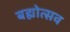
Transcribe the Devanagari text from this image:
बह्मोत्‍सव